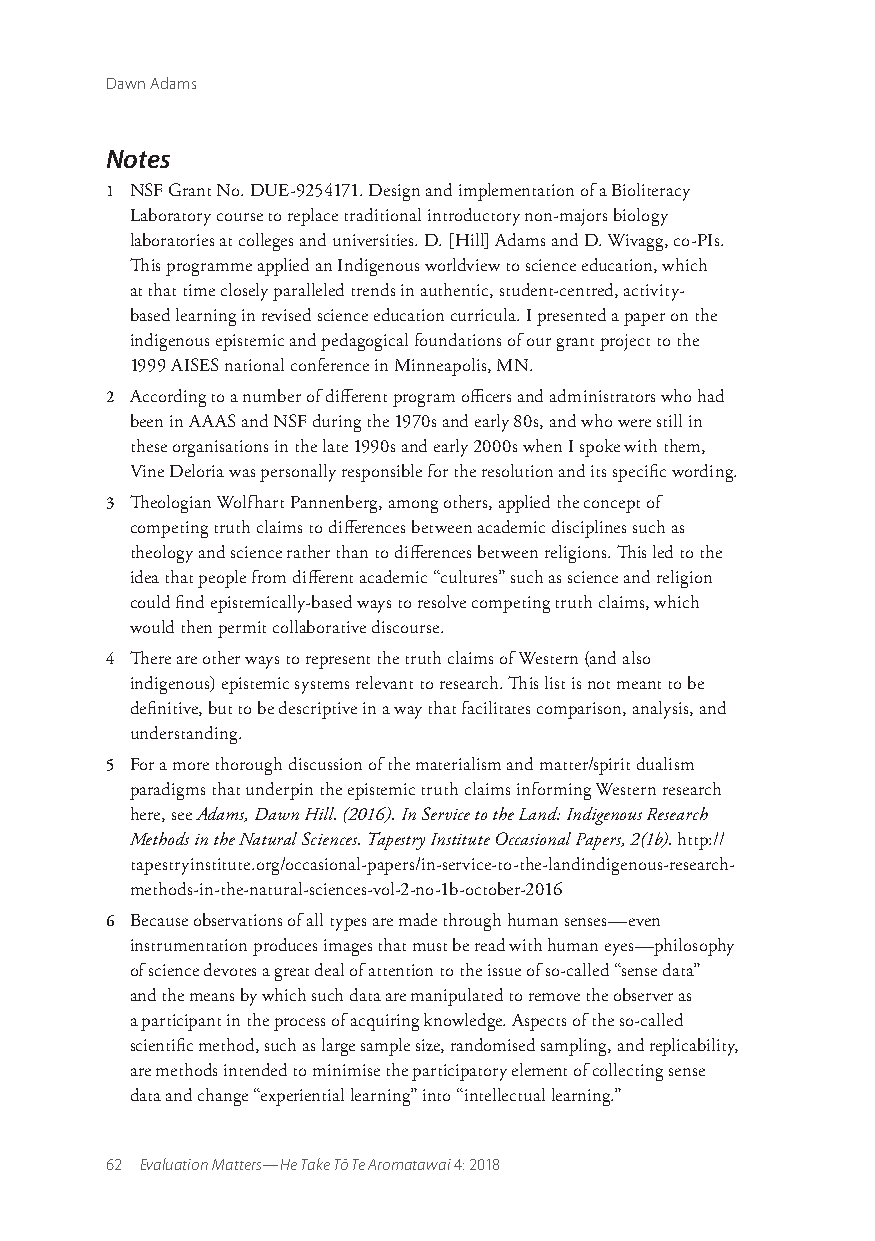
Dawn Adams
 Notes
 1 NSF Grant No. DUE-9254171. Design and implementation of a Bioliteracy
 Laboratory course to replace traditional introductory non-majors biology
 laboratories at colleges and universities. D. [Hill] Adams and D. Wivagg, co-PIs.
 This programme applied an Indigenous worldview to science education, which
 at that time closely paralleled trends in authentic, student-centred, activity-
 based learning in revised science education curricula. I presented a paper on the
 indigenous epistemic and pedagogical foundations of our grant project to the
 1999 AISES national conference in Minneapolis, MN.
 2 According to a number of different program officers and administrators who had
 been in AAAS and NSF during the 1970s and early 80s, and who were still in
 these organisations in the late 1990s and early 2000s when I spoke with them,
 Vine Deloria was personally responsible for the resolution and its specific wording.
 3 Theologian Wolfhart Pannenberg, among others, applied the concept of
 competing truth claims to differences between academic disciplines such as
 theology and science rather than to differences between religions. This led to the
 idea that people from different academic “cultures” such as science and religion
 could find epistemically-based ways to resolve competing truth claims, which
 would then permit collaborative discourse.
 4 There are other ways to represent the truth claims of Western (and also
 indigenous) epistemic systems relevant to research. This list is not meant to be
 definitive, but to be descriptive in a way that facilitates comparison, analysis, and
 understanding.
 5 For a more thorough discussion of the materialism and matter/spirit dualism
 paradigms that underpin the epistemic truth claims informing Western research
 here, see Adams, Dawn Hill. (2016). In Service to the Land: Indigenous Research
 Methods in the Natural Sciences. Tapestry Institute Occasional Papers, 2(1b). http://
 tapestryinstitute.org/occasional-papers/in-service-to-the-landindigenous-research-
 methods-in-the-natural-sciences-vol-2-no-1b-october-2016
 6 Because observations of all types are made through human senses—even
 instrumentation produces images that must be read with human eyes—philosophy
 of science devotes a great deal of attention to the issue of so-called “sense data”
 and the means by which such data are manipulated to remove the observer as
 a participant in the process of acquiring knowledge. Aspects of the so-called
 scientific method, such as large sample size, randomised sampling, and replicability,
 are methods intended to minimise the participatory element of collecting sense
 data and change “experiential learning” into “intellectual learning.”
 62 Evaluation Matters—He Take Tō Te Aromatawai 4: 2018